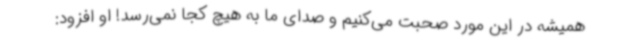
همیشه در این مورد صحبت می‌کنیم و صدای ما به هیچ کجا نمی‌رسد! او افزود: